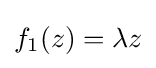
f_{1}(z)=\lambda z